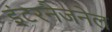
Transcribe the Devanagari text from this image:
इंटरनैजनेल